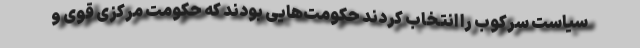
سیاست سرکوب را انتخاب کردند حکومت‌هایی بودند که حکومت مرکزی قوی و